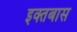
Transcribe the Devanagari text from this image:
इक्तबास